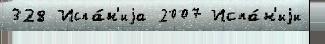
328 Испа́н'иjа 2007 Испа́н'иjи